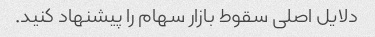
دلایل اصلی سقوط بازار سهام را پیشنهاد کنید.